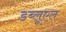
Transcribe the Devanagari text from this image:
डब्लूएल